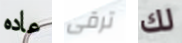
عاده ترقى لك